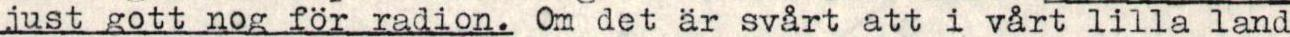
just gott nog för radion. Om det är svårt att i vårt lilla land